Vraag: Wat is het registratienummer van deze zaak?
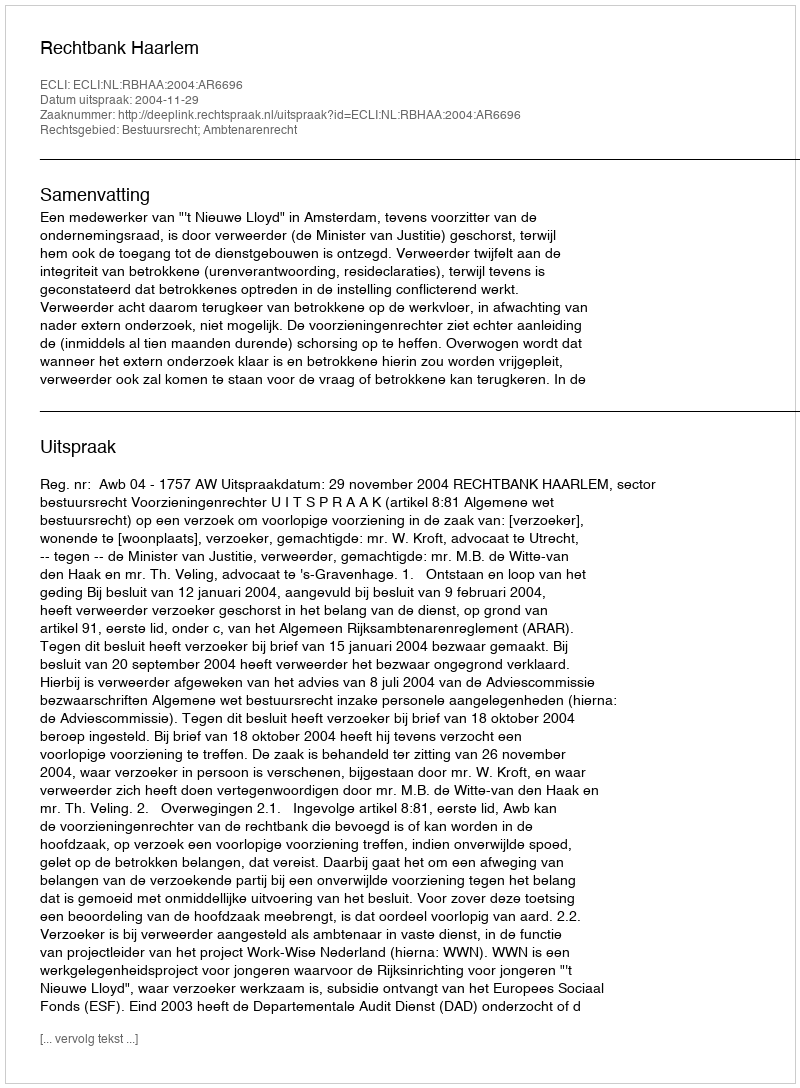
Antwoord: http://deeplink.rechtspraak.nl/uitspraak?id=ECLI:NL:RBHAA:2004:AR6696